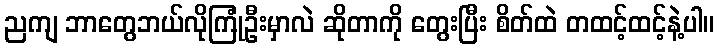
ညကျ ဘာတွေဘယ်လိုကြုံဦးမှာလဲ ဆိုတာကို တွေးပြီး စိတ်ထဲ တထင့်ထင့်နဲ့ပါ။